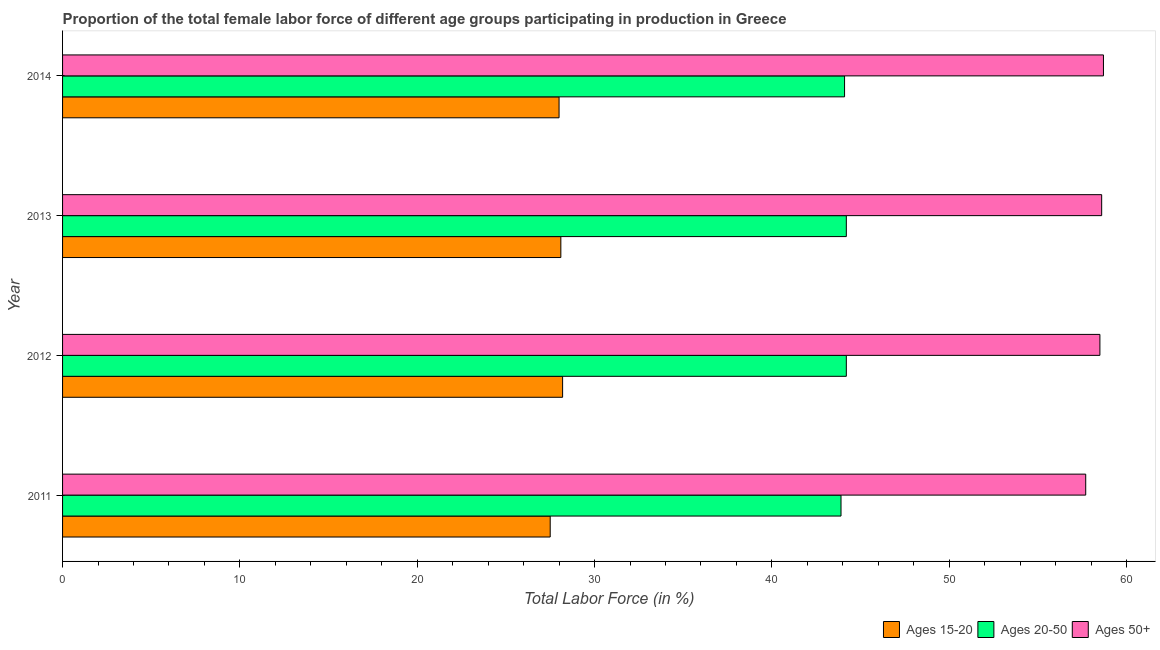
| Year | Ages 15-20 | Ages 20-50 | Ages 50+ |
 | --- | --- | --- | --- |
 | 2011 | 27.5 | 43.9 | 57.7 |
 | 2012 | 28.2 | 44.2 | 58.5 |
 | 2013 | 28.1 | 44.2 | 58.6 |
 | 2014 | 28 | 44.1 | 58.7 |